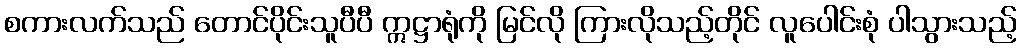
စကားလက်သည် တောင်ပိုင်းသူပီပီ ဣဋ္ဌာရုံကို မြင်လို ကြားလိုသည့်တိုင် လူပေါင်းစုံ ပါသွားသည့်